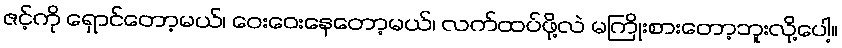
ဇင့်ကို ရှောင်တော့မယ်၊ ဝေးဝေးနေတော့မယ်၊ လက်ထပ်ဖို့လဲ မကြိုးစားတော့ဘူးလို့ပေါ့။